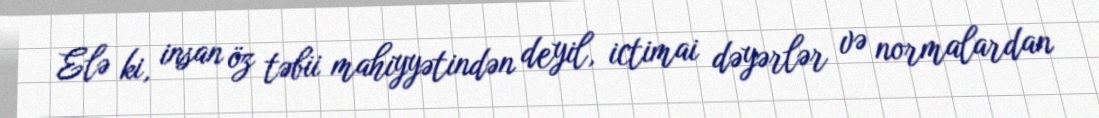
Elə ki, insan öz təbii mahiyyətindən deyil, ictimai dəyərlər və normalardan